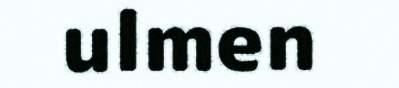
ulmen